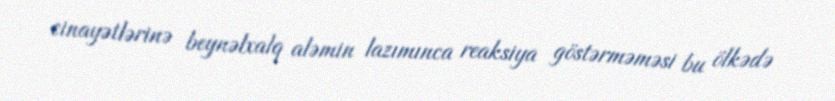
cinayətlərinə beynəlxalq aləmin lazımınca reaksiya göstərməməsi bu ölkədə